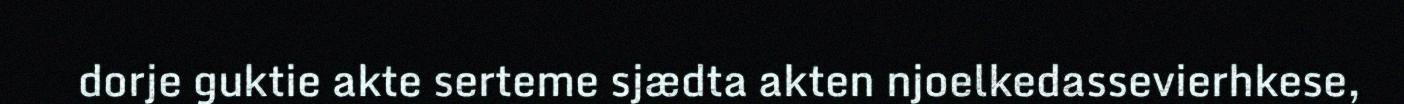
dorje guktie akte serteme sjædta akten njoelkedassevierhkese,